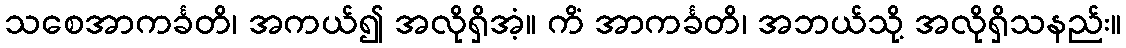
သစေအာကင်္ခတိ၊ အကယ်၍ အလိုရှိအံ့။ ကိံ အာကင်္ခတိ၊ အဘယ်သို့ အလိုရှိသနည်း။